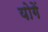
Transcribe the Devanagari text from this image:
योगें